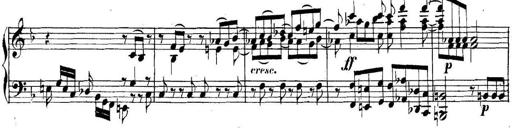
Title: Collected Piano Sonatas
Composer: Muzio Clementi